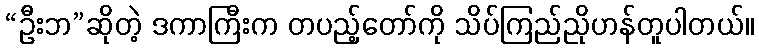
“ဦးဘ”ဆိုတဲ့ ဒကာကြီးက တပည့်တော်ကို သိပ်ကြည်ညိုဟန်တူပါတယ်။